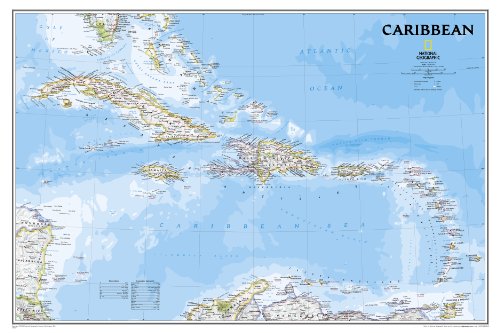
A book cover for Caribbean Classic [Laminated] (National Geographic Reference Map); National Geographic Maps - Reference; Travel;